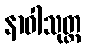
နာဝါသုတ္တ